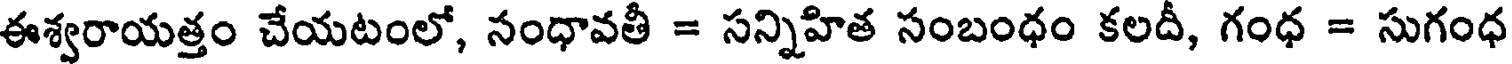
ఈశ్వరాయత్రం చేయటంలో, నంధావతీ = సన్నిహిత సంబంధం కలదీ, గంధ = సుగంధ